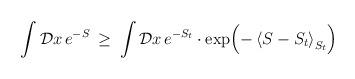
LaTeX: \begin{align*}\int {\cal D}x \, e^{-S} \> \geq \> \int {\cal D} x \, e^{-S_t} \cdot\exp \Bigl (- \left < S - S_t \right >_{S_t} \Bigr ) \end{align*}